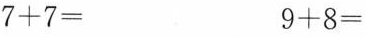
$$7 + 7 =$$$$9 + 8 =$$